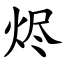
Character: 烬